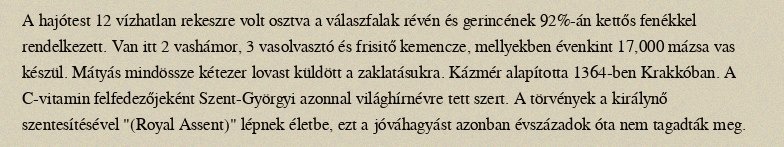
A hajótest 12 vízhatlan rekeszre volt osztva a válaszfalak révén és gerincének 92%-án kettős fenékkel rendelkezett. Van itt 2 vashámor, 3 vasolvasztó és frisitő kemencze, mellyekben évenkint 17,000 mázsa vas készül. Mátyás mindössze kétezer lovast küldött a zaklatásukra. Kázmér alapította 1364-ben Krakkóban. A C-vitamin felfedezőjeként Szent-Györgyi azonnal világhírnévre tett szert. A törvények a királynő szentesítésével "(Royal Assent)" lépnek életbe, ezt a jóváhagyást azonban évszázadok óta nem tagadták meg.